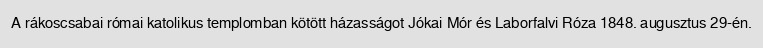
A rákoscsabai római katolikus templomban kötött házasságot Jókai Mór és Laborfalvi Róza 1848. augusztus 29-én.